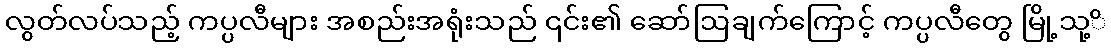
လွတ်လပ်သည့် ကပ္ပလီများ အစည်းအရုံးသည် ၎င်း၏ ဆော်ဩချက်ကြောင့် ကပ္ပလီတွေ မြို့သု့ိ